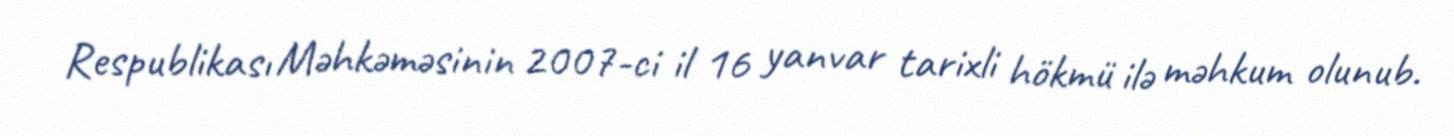
Respublikası Məhkəməsinin 2007-ci il 16 yanvar tarixli hökmü ilə məhkum olunub.